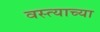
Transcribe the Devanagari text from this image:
वस्त्याच्या